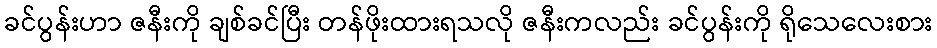
ခင်ပွန်းဟာ ဇနီးကို ချစ်ခင်ပြီး တန်ဖိုးထားရသလို ဇနီးကလည်း ခင်ပွန်းကို ရိုသေလေးစား